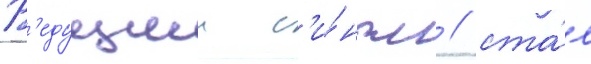
В'едущии с'и́нгл / ста́л